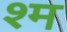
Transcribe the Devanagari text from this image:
श्म